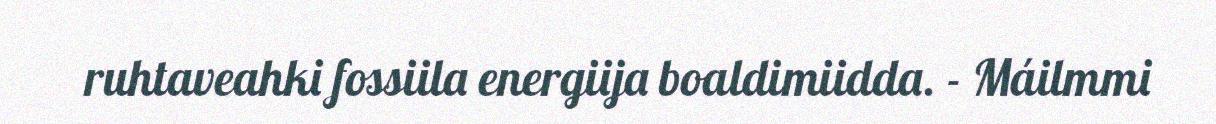
ruhtaveahki fossiila energiija boaldimiidda. - Máilmmi